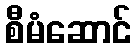
စီမံဆောင်